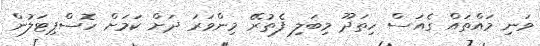
ވަނި މައްތައް ގެއަސް ހިތަދޫ މިބަލި ފެތުރޭ މިންވަރަ ދަށް ކަމަށް ހޮސްޕިޓަލުން